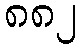
၈၈၂